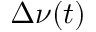
\Delta \nu ( t )